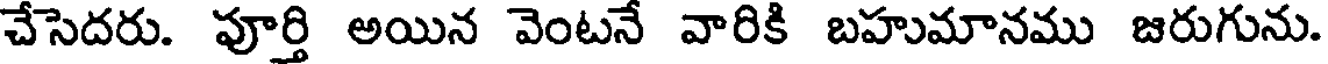
చేసెదరు. పూర్తి అయిన వెంటనే వారికి బహుమానము జరుగును.